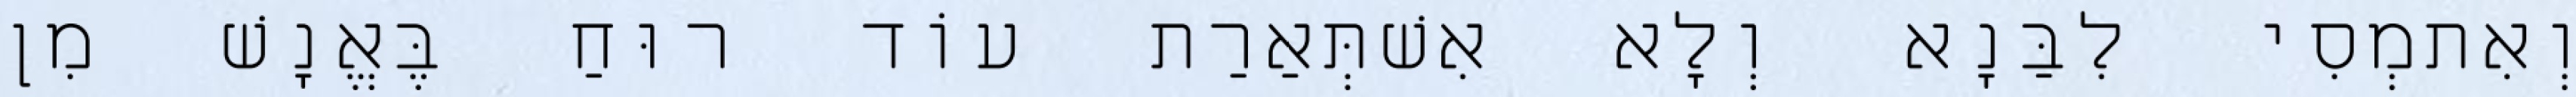
וְאִתמְסִי לִבַּנָא וְלָא אִשׁתְּאַרַת עוֹד רוּחַ בֶּאֱנָשׁ מִן